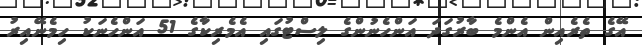
އޭގެ ތެރެއިން އެންމެ ބާރުގަދަ އަންހެނުންގެ ލިސްޓުގައި އެމެރިކާގެ 51 އަންހެނަކު ހިމެނޭއިރު